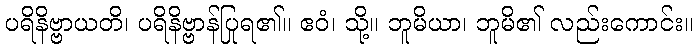
ပရိနိဗ္ဗာယတိ၊ ပရိနိဗ္ဗာန်ပြုရ၏။ ဧဝံ၊ သို့။ ဘူမိယာ၊ ဘူမိ၏ လည်းကောင်း။